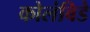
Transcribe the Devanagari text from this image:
कोलंबिडे